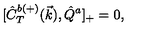
{ [ } \hat { C } _ { T } ^ { b ( + ) } ( \vec { k } ) , \hat { Q } ^ { a } ] _ { + } = 0 ,